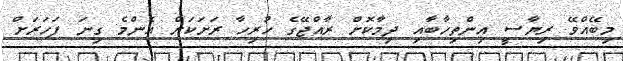
މިބޭއްވޭ ރިޔާސީ އިންތިހާބާއި ދިމާކޮށް ރާއްޖޭގެ ހުރިހާ ރަށަކަށް އެންމެ ގިނަ ފަހަރަށް